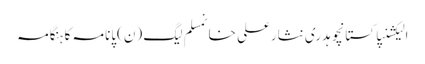
الیکشنپاکستانچوہدری نثارعلی خانمسلم لیگ (ن)پانامہ کا ہنگامہ